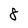
Character: 8